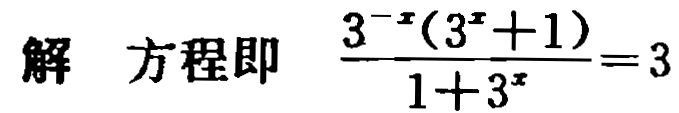
解方程即 $\frac{3^{-x}(3^{x}+1)}{1 + 3^{x}} = 3$